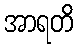
အာရတိ